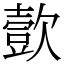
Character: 㱅